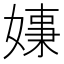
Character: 𡠑